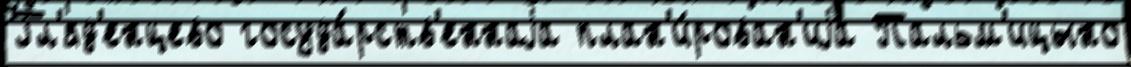
Гл'яд'енцево госуда́рств'еннаjа план'и́рован'иjа Пальм'ицыно